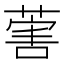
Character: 𦵯